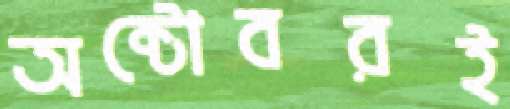
অক্টোবরই